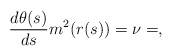
\begin{align*}\frac{d\theta(s)}{ds}m^2(r(s)) = \nu=,\end{align*}